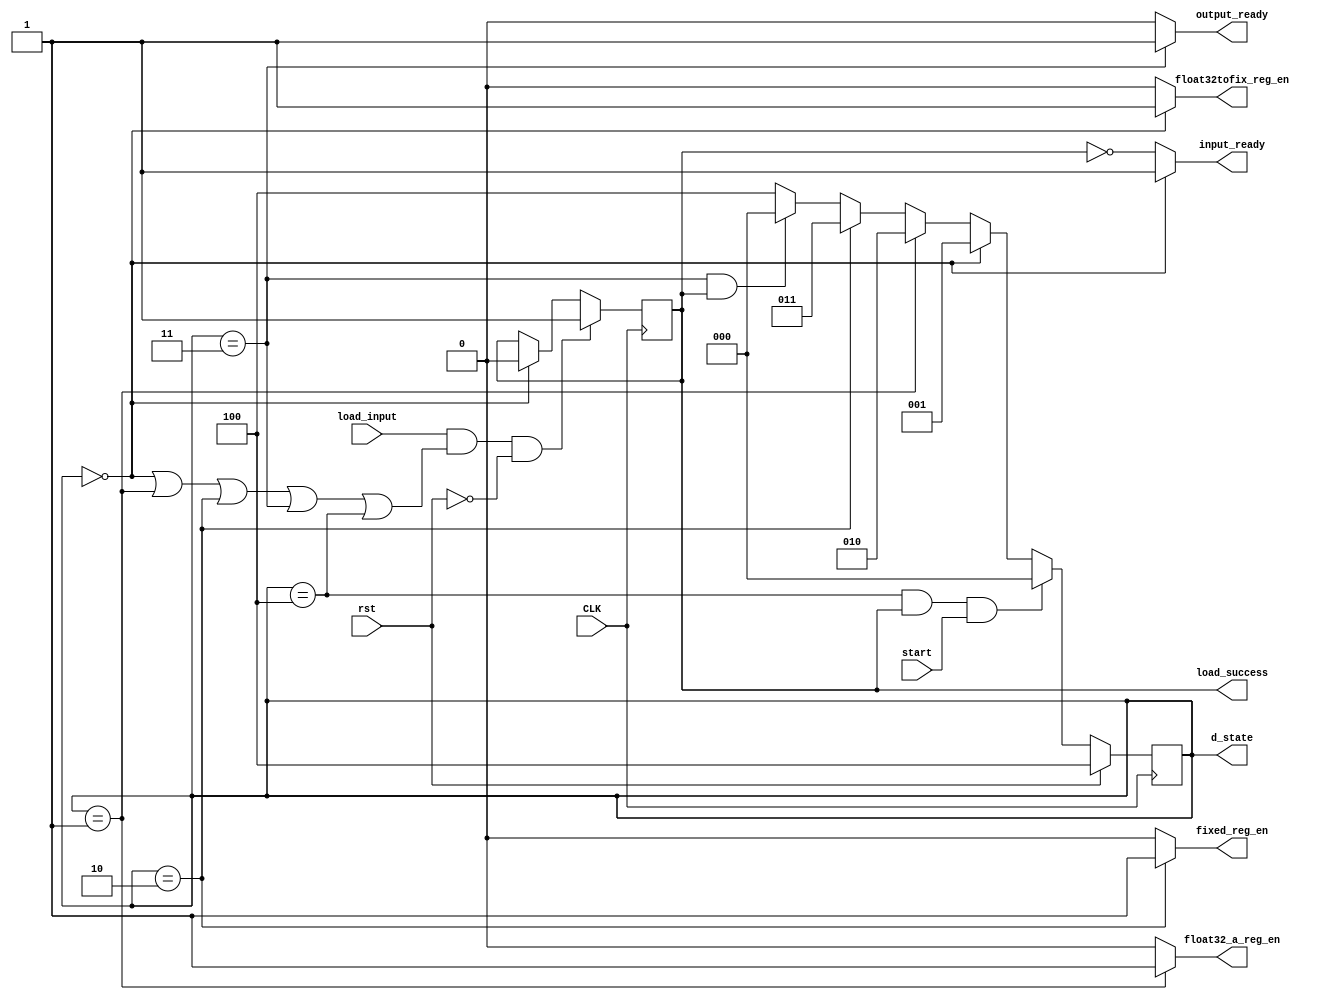
module stage_0_control( 
	CLK,
	start,
	rst,
	input_ready,
	float32tofix_reg_en,
	float32_a_reg_en,
	fixed_reg_en,
	output_ready,
	load_input,
	load_success,
	/*debug*/
	d_state
);
/*------------------STATE--------------------*/
	parameter state_convert = 0;
	parameter state_LUT_1 = 1;
	parameter state_LUT_2 = 2;
	parameter state_cal_a = 3;
	parameter state_rst = 4;
	parameter state_error = 5;
/*-------------------------------------------*/
	input start, rst, CLK, load_input;
	output input_ready;
	output reg load_success;
	output reg float32tofix_reg_en, float32_a_reg_en, fixed_reg_en, output_ready;
	output [2:0] d_state;
	reg [2:0] state;
	assign d_state = state;
	/*---------------load_success ------------------*/
	always @ (posedge CLK) begin
		if( load_input && (state == state_convert ||state == state_LUT_1 || state == state_LUT_2 || state == state_cal_a || state == state_rst) && !rst)
			load_success <= 1;
		else if(state == state_convert)
			load_success <= 0;
	end
	assign input_ready = (state == state_convert) ? 1'b1 : !load_success;
	/*input*/
	always @ (posedge CLK) begin
		if(rst) 
			state <= state_rst;
		else if(state == state_rst && load_success && start)
			state <= state_convert;
		else if(state == state_convert)
			state <= state_LUT_1;
		else if(state == state_LUT_1)
			state <= state_LUT_2;
		else if(state == state_LUT_2)
			state <= state_cal_a;
		else if(state == state_cal_a && load_success)
			state <= state_convert;
		else 
			state <= state_rst;
	end
	/*output*/
	always @* begin
		float32tofix_reg_en = 0;
		float32_a_reg_en = 0; 
		fixed_reg_en = 0;
		output_ready = 0;
		case(state)
			state_convert : begin 
								 float32tofix_reg_en = 1;
								 end
			state_LUT_1   : begin
								 float32_a_reg_en = 1;
								 end
			state_LUT_2   : begin
								 fixed_reg_en = 1;
								 end
			state_cal_a   : begin
								 output_ready = 1;
								 end
			default: begin
								  output_ready = 0;
						end
		endcase
	end
endmodule